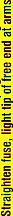
Straighten fuse, light tip of tree end at arms